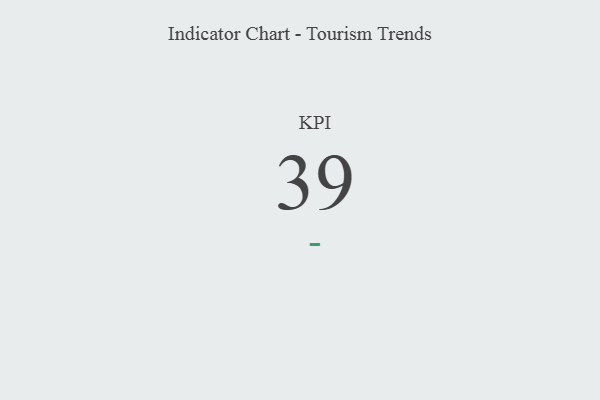
{"axis": {"x": "KPI", "y": "Value"}, "legend": [""], "data": [{"x": "KPI", "y": 39, "type": ""}]}